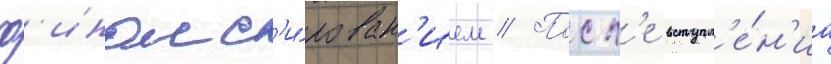
ф'инанс'и́рован'ием // Посл'е вступл'е́н'иа